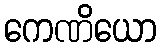
ကေဏိယော